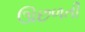
ઊછળતી